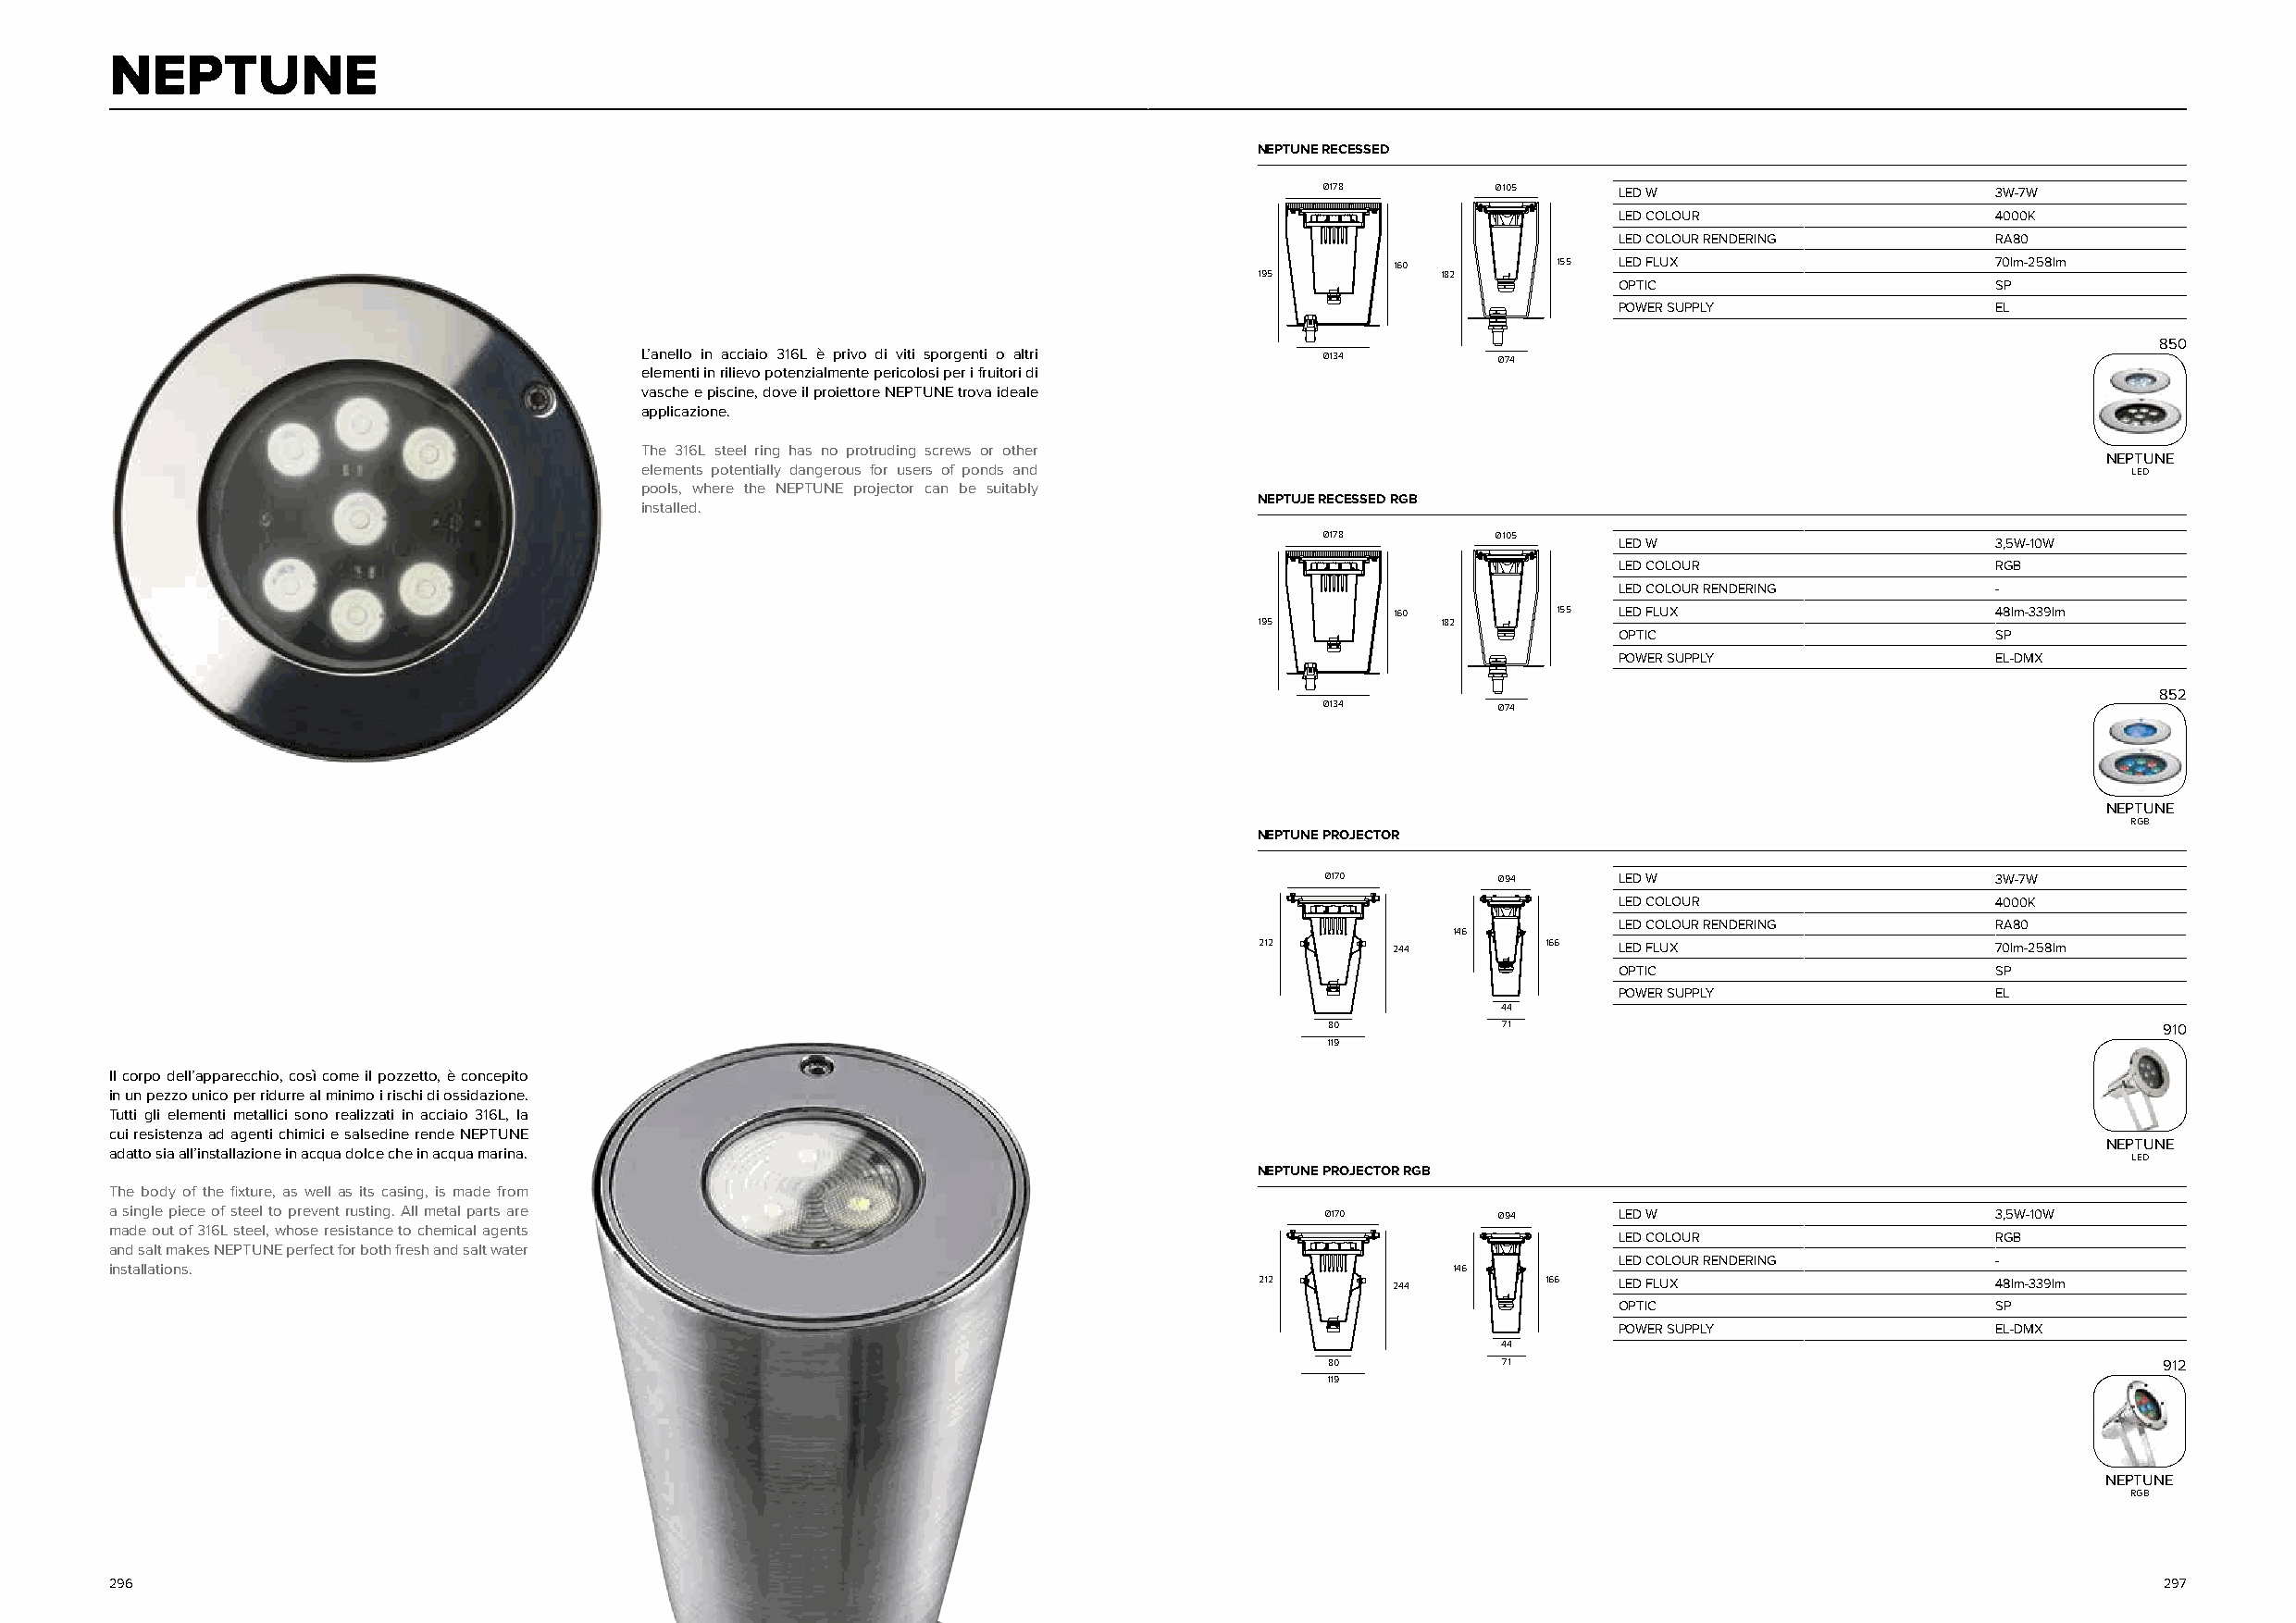
NEPTUNE
 NEPTUNE RECESSED
 Ø178        Ø 105    LED W                      3W-7W
 LED COLOUR                 4000K
 LED COLOUR RENDERING       RA80
 160        155  LED FLUX                   70lm-258lm
 195          182
 OPTIC                      SP
 POWER SUPPLY               EL
 850
 L’anello in acciaio 316L è privo di viti sporgenti o altri Ø134 Ø74
 elementi in rilievo potenzialmente pericolosi per i fruitori di
 vasche e piscine, dove il proiettore NEPTUNE trova ideale
 applicazione.
 The 316L steel ring has no protruding screws or other
 NEPTUNE
 elements potentially dangerous for users of ponds and                                                     LED
 pools, where the NEPTUNE projector can be suitably
 NEPTUJE RECESSED RGB
 installed.
 Ø178        Ø105
 LED W                      3,5W-10W
 LED COLOUR                 RGB
 LED COLOUR RENDERING       -
 160        155  LED FLUX                   48lm-339lm
 195          182
 OPTIC                      SP
 POWER SUPPLY               EL-DMX
 852
 Ø134        Ø74
 NEPTUNE
 RGB
 NEPTUNE PROJECTOR
 Ø170        Ø94      LED W                      3W-7W
 LED COLOUR                 4000K
 LED COLOUR RENDERING       RA80
 146
 212       244        166  LED FLUX                   70lm-258lm
 OPTIC                      SP
 POWER SUPPLY               EL
 44
 80          71                                              910
 119
 Il corpo dell’apparecchio, così come il pozzetto, è concepito
 in un pezzo unico per ridurre al minimo i rischi di ossidazione.
 Tutti gli elementi metallici sono realizzati in acciaio 316L, la
 cui resistenza ad agenti chimici e salsedine rende NEPTUNE
 NEPTUNE
 adatto sia all’installazione in acqua dolce che in acqua marina.
 LED
 NEPTUNE PROJECTOR RGB
 The body of the fixture, as well as its casing, is made from
 a single piece of steel to prevent rusting. All metal parts are                        Ø170        Ø94      LED W                      3,5W-10W
 made out of 316L steel, whose resistance to chemical agents
 LED COLOUR                 RGB
 and salt makes NEPTUNE perfect for both fresh and salt water
 LED COLOUR RENDERING       -
 installations.                                                                                  146
 212       244        166  LED FLUX                   48lm-339lm
 OPTIC                      SP
 POWER SUPPLY               EL-DMX
 44
 80          71                                              912
 119
 NEPTUNE
 RGB
 296                                                                                                                                                297